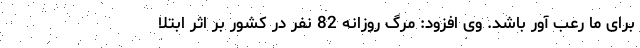
برای ما رعب آور باشد. وی افزود: مرگ روزانه 82 نفر در کشور بر اثر ابتلا